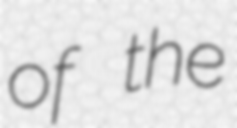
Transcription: of the